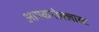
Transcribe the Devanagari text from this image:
आयकनोक्लास्ट